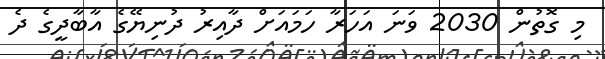
މި ގޮތުން 2030 ވަނަ އަހަރާ ހަމައަށް ދާއިރު ދުނިޔޭގެ އާބާދީގެ ދެ